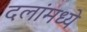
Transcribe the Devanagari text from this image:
दलांमध्ये